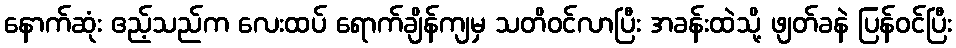
နောက်ဆုံး ဧည့်သည်က လေးထပ် ရောက်ချိန်ကျမှ သတိဝင်လာပြီး အခန်းထဲသို့ ဖျတ်ခနဲ ပြန်ဝင်ပြီး